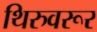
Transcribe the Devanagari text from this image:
थिरुवरूर